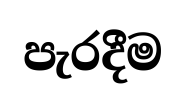
පැරදීම